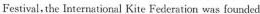
Festival, the International Kite Federation was founded